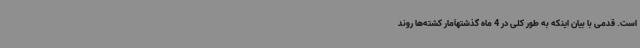
است. قدمی با بیان اینکه به طور کلی در 4 ماه گذشتهآمار کشته‌ها روند